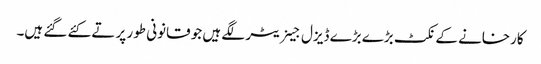
کارخانے کے نکٹ بڑے بڑے ڈیزل جینریٹر لگے ہیں جو قانونی طور پر تے کئے گئے ہیں۔